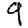
Digit: 9